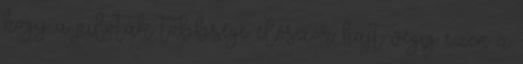
hogy a pilóták többsége először hajt végig ezen a